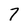
Character: 7